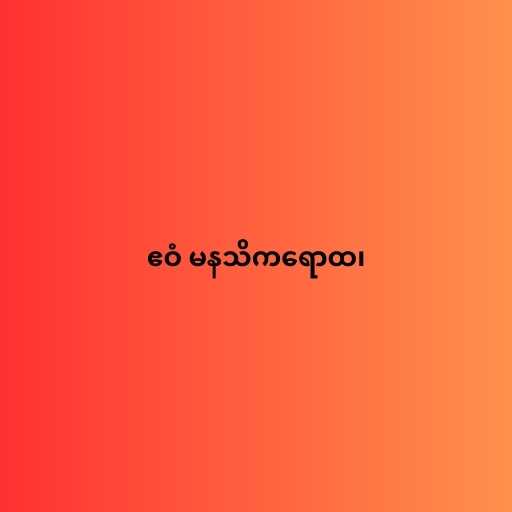
ဧဝံ မနသိကရောထ၊